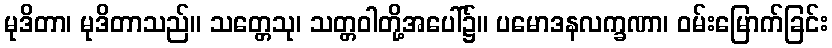
မုဒိတာ၊ မုဒိတာသည်။ သတ္တေသု၊ သတ္တဝါတို့အပေါ်၌။ ပမောဒနလက္ခဏာ၊ ဝမ်းမြောက်ခြင်း